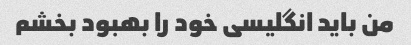
من باید انگلیسی خود را بهبود بخشم